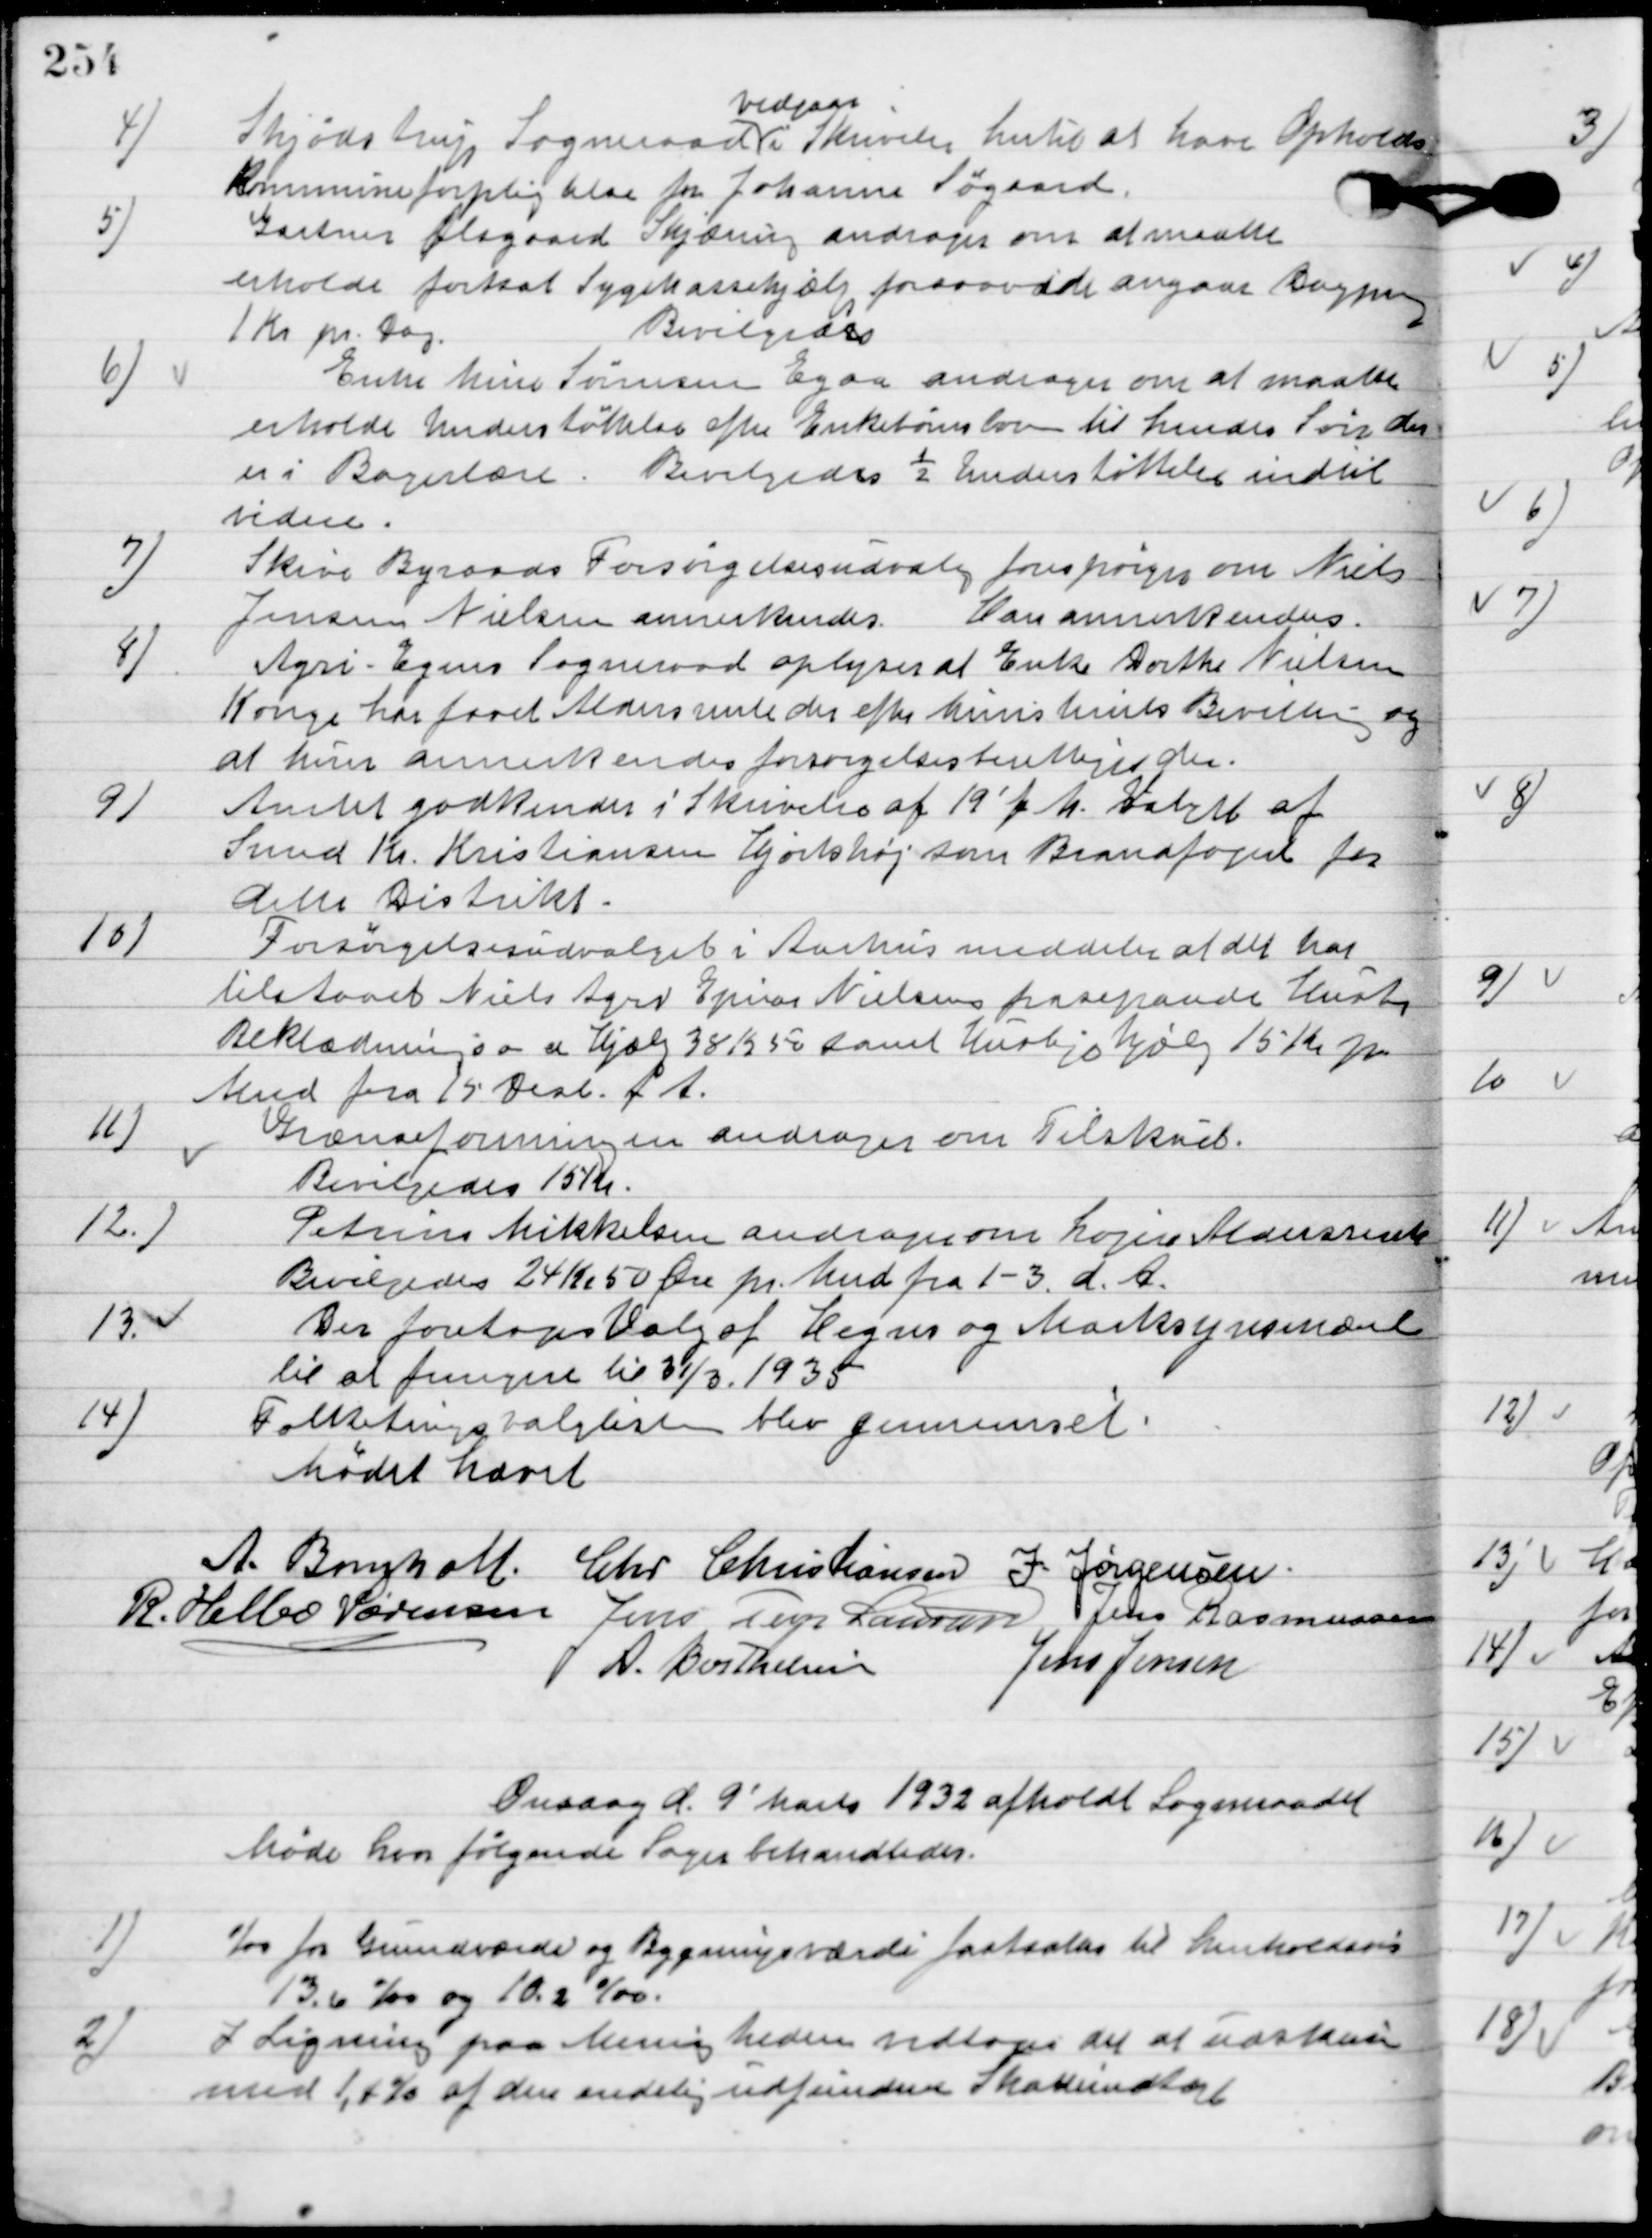
Transskription:
4

Skødstrup Sogneraad
vedgaar
i Skrivelse hertil at have Opholds
Kommune forpligtelse for Johanne Søgaard.

5

Gertrud Ølsgaard Skjæring andrager om at maatte
erholde fortsat Sygekassehjælp forsaavidt angaar Bogpenge
1 Kr. pr. dag.
Bevilgedes.

6

Enke Mine Sørensen Egaa andrager om at maatte
erholde Understøttelse efter enkebørne loven til hendes Søn der
 er i Bagerlære.
Bevilgedes ½ Understøttelse indtil videre.

7

Skive Byraads Forsørgelsesudvalg forespørger om Niels
Jensen Nielsen annerkendes.
Han annerkendes.

8

Agri-Egens Sogneraad oplyser at Enke Dorthe Nielsen
Kone har faaet Aldersrente der efter Ministeries Bevilling og
at hun annerkendes forsørgelsesberettiger der.

9

Amtet godkender i Skrivelse af 19´f. M. valget af
Svend Kr. Kristiansen Hjortshøj som Brandfoged for
dette Distrikt.

10.

Forsørgelsesudvalget i Aarhus meddeler at det har 
tilstaaet Niels Ager Erius Nielsens fraseparerede Hustru 
Beklædnings som en Hjælp 38 Kr. 50 samt Huslejehjælp 15 Kr. pr. 
Mdr. fra 15 Øst f. A.

11

Grænseforeningen andrager om tilskud.
Bevilgedes 15 Kr.

12

Petrine Mikkelsen andrager om højere Aldersrente.
Bevilgedes 24 Kr. 50 øre pr. Mnd. Fra 1-3 d. A.

13

Der foretoges Valg af Hegns og Marksynsmænd
til at fungere til 31/3. 1935.

14

Folketingsvalglisten blev gennemset.

Mødet hævet.

A. Bomholt
Chr. Christiansen
I. Jørgensen,
R. Helbo Sørensen
Jens Terp Laursen
Jens Rasmussen
A. Berthelsen
Chr. Christiansen

Onsdag d. 9´Marts 1932 afholdt Sogneraadet
Møde hvor følgende Sager behandledes.

1

1 /oo  for Grundværdi og Bygningsværdi fastholdes til henholdsvis
13,6 o/oo og 10,2 o/oo.

2

I Ligning paa Menigheden vedtoges det at udskrive
med 1,1 % af den endelige udformede Skatteindtægt.